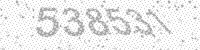
Solution: 538531